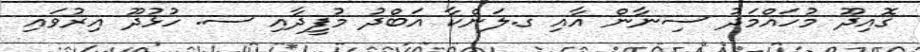
ގޮއިދޫ މުހައްމަދު ސިނާން އާއި ގ.ލަންކާ އަބްދު މުފީދާއި ސ. ހުޅުދޫ އިރުވައި